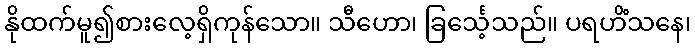
နိုထက်မူ၍စားလေ့ရှိကုန်သော။ သီဟော၊ ခြင်္သေ့သည်။ ပရဟိံသနေ၊